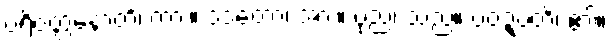
ပရိဝတ္တနောတိ၊ ကား။ ဒဒတော၊ အား။ ပုညံ၊ သည်။ ပဝဍ္ဎတိ၊ ၏။